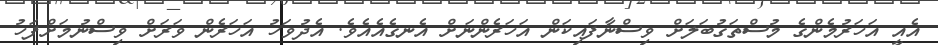
އެއީ އަހަރުމެންގެ މުސްތަގުބަލަށް ވިސްނާފައިކަން އަހަރެންނަށް އެނގެއެއެވެ. އެދުވަހު އަހަރެން ވަރަށް ވިސްނުމަށްފަހު